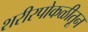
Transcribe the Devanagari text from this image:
शरीरपोकळीतून